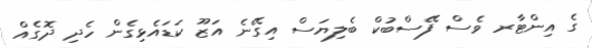
ގެ އިންޓާރ ވެސް ފޭސްބުކް ބެލިޔަސް އިގޭނެ އަޒޫ ކަޑައެޅިގެން ހެދި ދޮގެއް